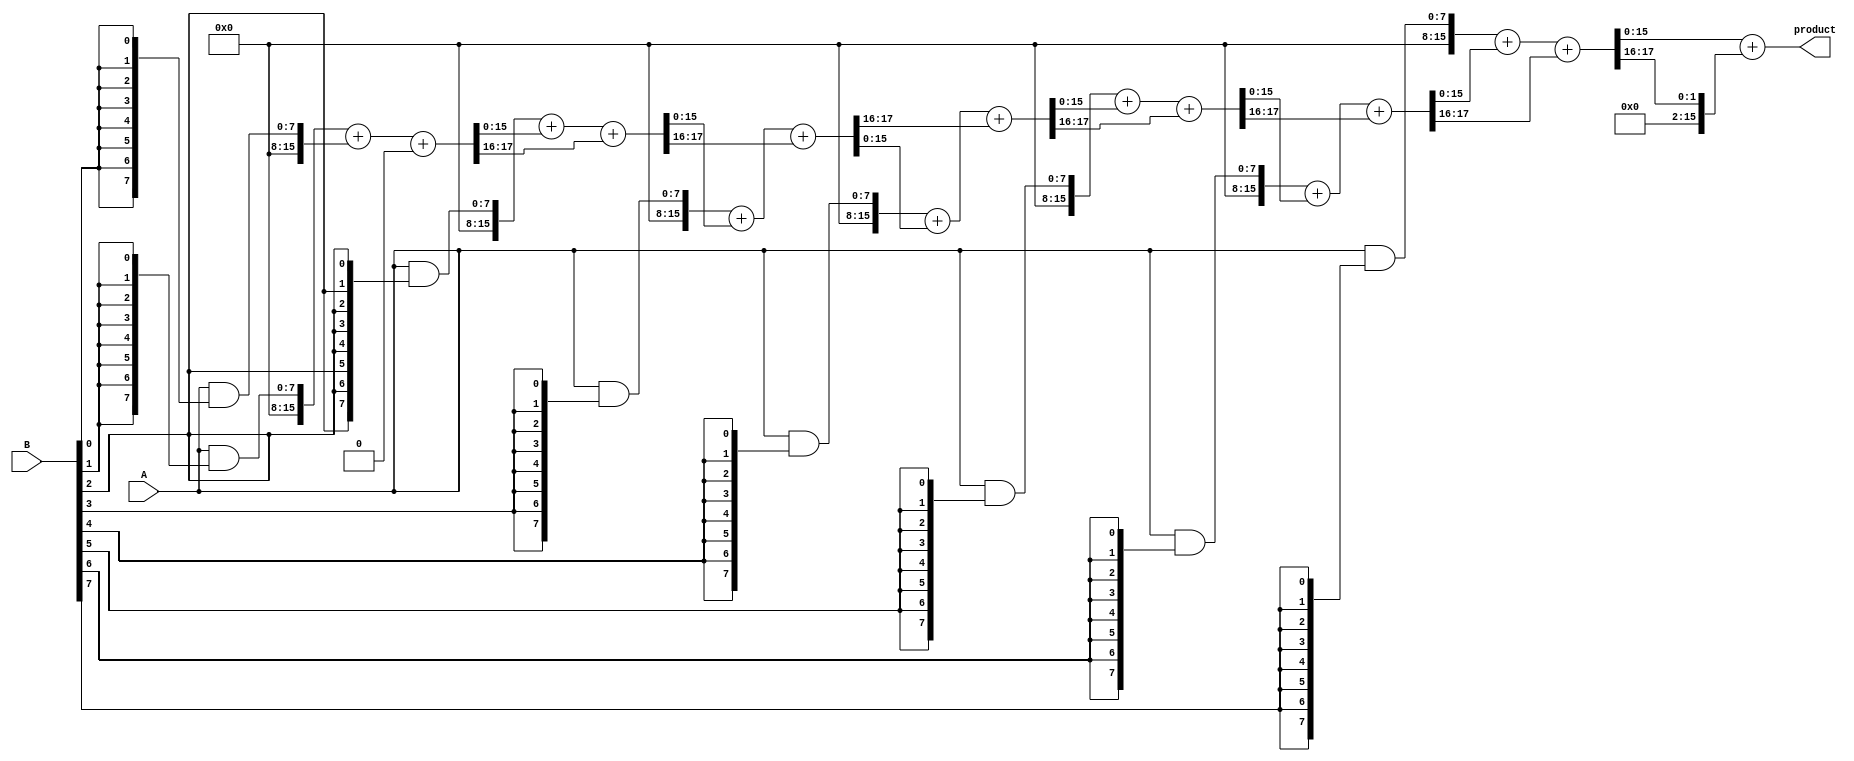
module variable_length_wallace_multiplier #(parameter WIDTH_A = 8, parameter WIDTH_B = 8) (
    input [WIDTH_A-1:0] A,
    input [WIDTH_B-1:0] B,
    output reg [WIDTH_A + WIDTH_B - 1:0] product
);

// Partial product generation
wire [WIDTH_A + WIDTH_B - 1:0] partial_products[0:WIDTH_B-1];

genvar i;
generate
    for (i = 0; i < WIDTH_B; i = i + 1) begin: pp_gen
        assign partial_products[i] = A & {WIDTH_A{B[i]}};
    end
endgenerate

// Wallace Tree Reduction
wire [WIDTH_A + WIDTH_B - 1:0] sum[0:WIDTH_B-1];
wire [WIDTH_A + WIDTH_B - 1:0] carry[0:WIDTH_B-1];

// Initial stage: Sum the partial products
genvar j;
generate
    for (j = 0; j < WIDTH_B; j = j + 1) begin: reduction_stage
        if (j == 0) begin
            assign sum[j] = partial_products[j];
            assign carry[j] = 0; // No carry for the first stage
        end else begin
            // Use a full adder for three inputs
            assign {carry[j], sum[j]} = partial_products[j] + sum[j-1] + carry[j-1];
        end
    end
endgenerate

// Final addition of the last two sums
wire [WIDTH_A + WIDTH_B - 1:0] final_sum;
wire final_carry;

assign {final_carry, final_sum} = sum[WIDTH_B-1] + carry[WIDTH_B-1];

// Assign product output
always @(*) begin
    product = final_sum;
end

endmodule